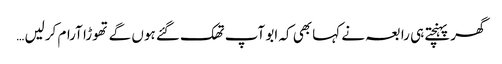
گھر پہنچتے ہی رابعہ نے کہا بھی کہ ابو آپ تھک گئے ہوں گے تھوڑا آرام کرلیں …